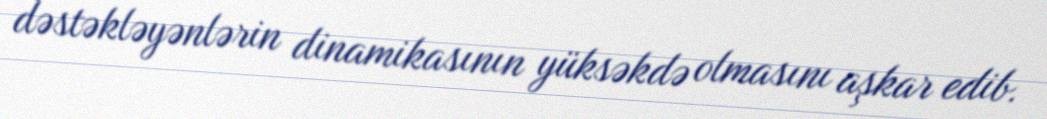
dəstəkləyənlərin dinamikasının yüksəkdə olmasını aşkar edib.